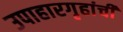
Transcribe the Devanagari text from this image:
उपाहारगृहांची